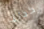
كذلك